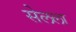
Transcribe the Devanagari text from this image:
सेलला